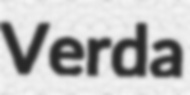
Verda